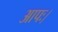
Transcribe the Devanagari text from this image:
आपः।